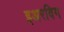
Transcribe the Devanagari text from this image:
इअरविग